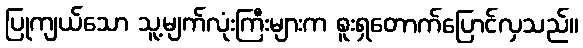
ပြုကျယ်သော သူ့မျက်လုံးကြီးများက စူးရှတောက်ပြောင်လှသည်။